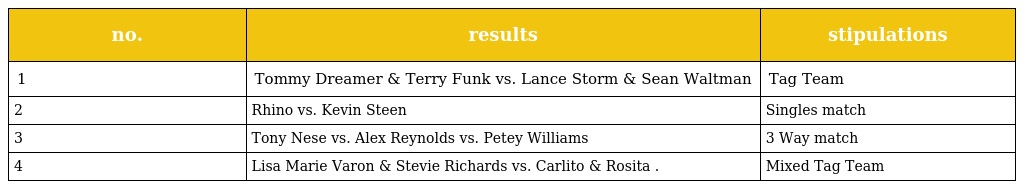
| no. | results | stipulations |
 | --- | --- | --- |
 | 1 | Tommy Dreamer & Terry Funk vs. Lance Storm & Sean Waltman | Tag Team |
 | 2 | Rhino vs. Kevin Steen | Singles match |
 | 3 | Tony Nese vs. Alex Reynolds vs. Petey Williams | 3 Way match |
 | 4 | Lisa Marie Varon & Stevie Richards vs. Carlito & Rosita . | Mixed Tag Team |